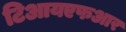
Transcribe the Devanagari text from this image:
टिआयएफआर